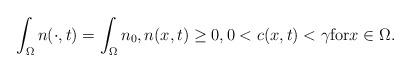
LaTeX: \begin{align*}\displaystyle\int_{\Omega}n(\cdot,t)=\int_{\Omega}n_{0}, n(x,t)\ge0, 0< c(x,t)< \gamma \mbox{for}x\in \Omega. \end{align*}